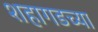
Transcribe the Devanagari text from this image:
शहागडच्या